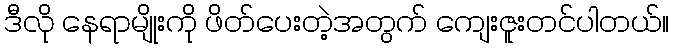
ဒီလို နေရာမျိုးကို ဖိတ်ပေးတဲ့အတွက် ကျေးဇူးတင်ပါတယ်။